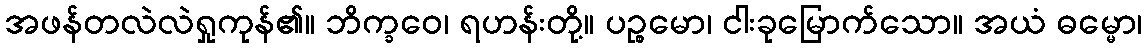
အဖန်တလဲလဲရှုကုန်၏။ ဘိက္ခဝေ၊ ရဟန်းတို့။ ပဉ္စမော၊ ငါးခုမြောက်သော။ အယံ ဓမ္မော၊